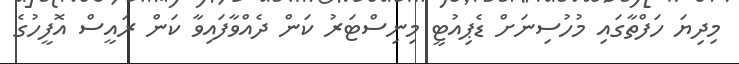
މިދިޔަ ހަފްތާގައި މުހުސިނަށް ޑެޕިއުޓީ މިނިސްޓަރު ކަން ދެއްވާފައިވާ ކަން ރައީސް އޮފީހުގެ